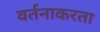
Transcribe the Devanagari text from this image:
वर्तनाकरता